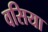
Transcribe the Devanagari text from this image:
वसिया